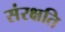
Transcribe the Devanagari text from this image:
संरक्षति